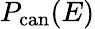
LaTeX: P_{\mathrm{can}}(E)